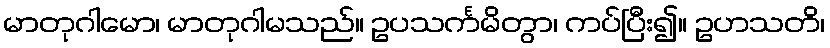
မာတုဂါမော၊ မာတုဂါမသည်။ ဥပသင်္ကမိတွာ၊ ကပ်ပြီး၍။ ဥဟသတိ၊